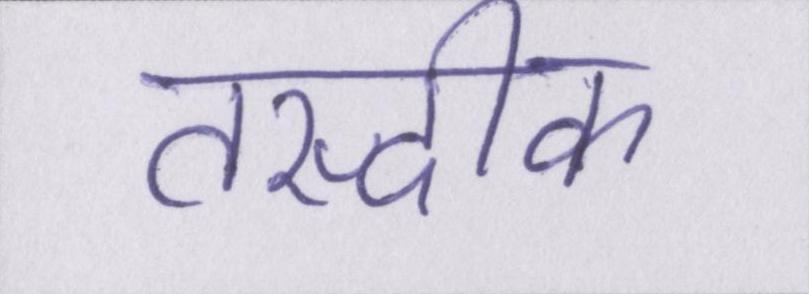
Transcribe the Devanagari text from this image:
तस्दीक